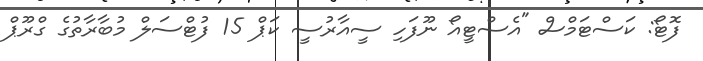
ފޮޓޯ: ކަސްޓަމްސް "އެސްޓީއޯ ނޫފަހި ސީއާރުސީ ކަޕް 15 ފުޓްސަލް މުބާރާތުގެ ގްރޫޕް